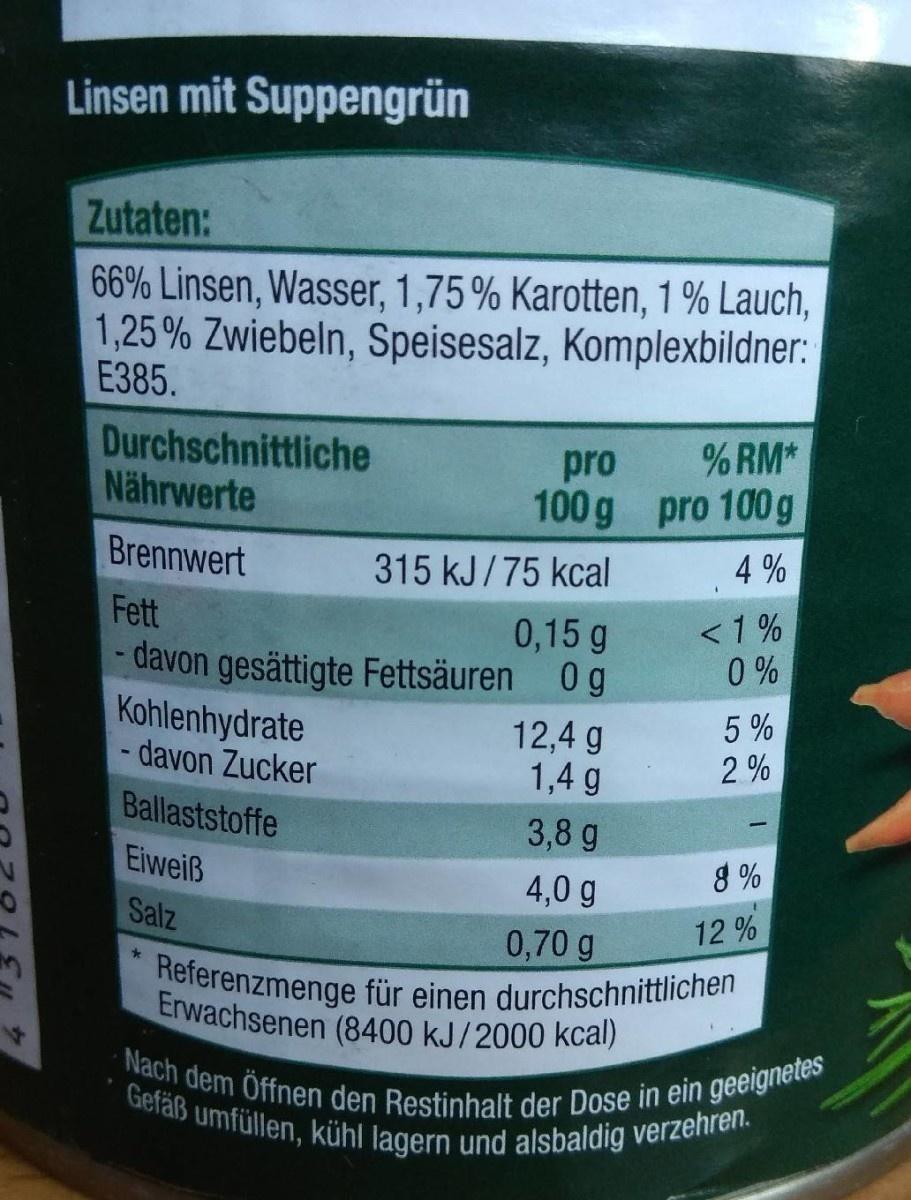
Linsen mit Suppengrün
Zutaten:
66% Linsen, Wasser, 1,75% Karotten, 1 % Lauch, 1,25% Zwiebeln, Speisesalz, Komplexbildner: Е385.
Durchschnittliche Nährwerte
% RM*
pro 100 g pro 100g
Brennwert
315 kJ/75 kcal
4 %
<1 % 0 %
Fett
0,15 g
-davon gesättigte Fettsäuren 0g
Kohlenhydrate - davon Zucker
12,4 g 1,4 g
5 % 2 %
Ballaststoffe
3,8 g
Eiweiß
4,0 g
8 %
Salz
12 %
0,70 g
Referenzmenge für einen durchschnittlichen Erwachsenen (8400 kJ/2000 kcal)
Nach dem Öffnen den Restinhalt der Dose in ein geeignetes Gefäß umfüllen, kühl lagern und alsbaldig verzehren.